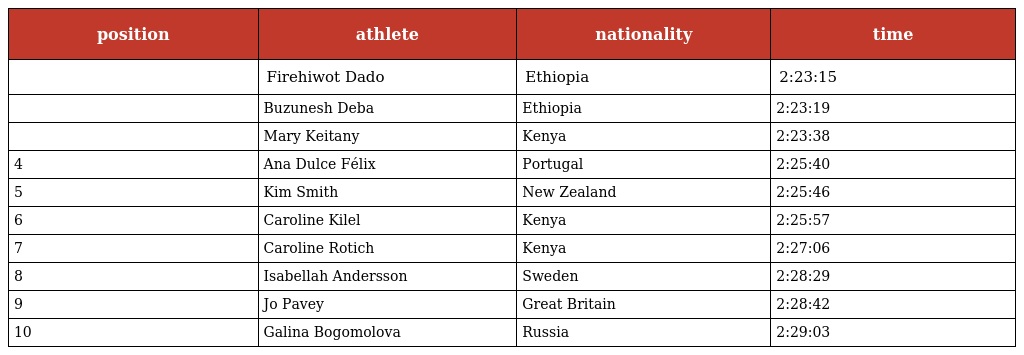
| position | athlete | nationality | time |
 | --- | --- | --- | --- |
 |  | Firehiwot Dado | Ethiopia | 2:23:15 |
 |  | Buzunesh Deba | Ethiopia | 2:23:19 |
 |  | Mary Keitany | Kenya | 2:23:38 |
 | 4 | Ana Dulce Félix | Portugal | 2:25:40 |
 | 5 | Kim Smith | New Zealand | 2:25:46 |
 | 6 | Caroline Kilel | Kenya | 2:25:57 |
 | 7 | Caroline Rotich | Kenya | 2:27:06 |
 | 8 | Isabellah Andersson | Sweden | 2:28:29 |
 | 9 | Jo Pavey | Great Britain | 2:28:42 |
 | 10 | Galina Bogomolova | Russia | 2:29:03 |